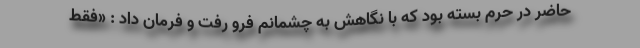
حاضر در حرم بسته بود که با نگاهش به چشمانم فرو رفت و فرمان داد : «فقط